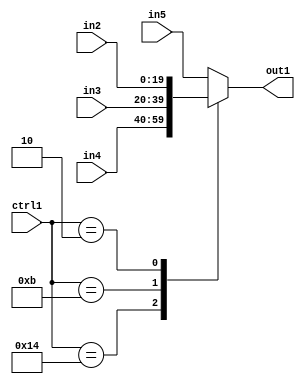
`timescale 1ps / 1ps
/*****************************************************************************
    Verilog RTL Description
    
    
    Created by: Stratus DpOpt 21.05.01 
*******************************************************************************/

module SobelFilter_N_Mux_20_4_10_1 (
	in5,
	in4,
	in3,
	in2,
	ctrl1,
	out1
	); /* architecture "behavioural" */ 
input [19:0] in5,
	in4,
	in3,
	in2;
input [4:0] ctrl1;
output [19:0] out1;
wire [19:0] asc001;

reg [19:0] asc001_tmp_0;
assign asc001 = asc001_tmp_0;
always @ (ctrl1 or in4 or in3 or in2 or in5) begin
	case (ctrl1)
		5'B10100 : asc001_tmp_0 = in4 ;
		5'B01011 : asc001_tmp_0 = in3 ;
		5'B00010 : asc001_tmp_0 = in2 ;
		default : asc001_tmp_0 = in5 ;
	endcase
end

assign out1 = asc001;
endmodule

/* CADENCE  v7n2TAw= : u9/ySxbfrwZIxEzHVQQV8Q== ** DO NOT EDIT THIS LINE ******/